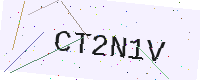
Text: CT2N1V